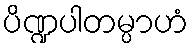
ပိဏ္ဍပါတမ္ပာဟံ